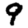
Digit: 9